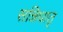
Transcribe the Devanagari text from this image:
सन्निधातृ